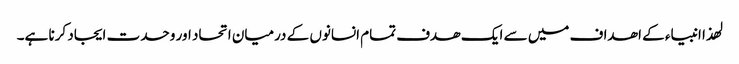
لھذا انبیاء کے اھداف میں سے ایک ھدف تمام انسانوں کے درمیان اتحاد اور وحدت ایجاد کرنا ہے۔